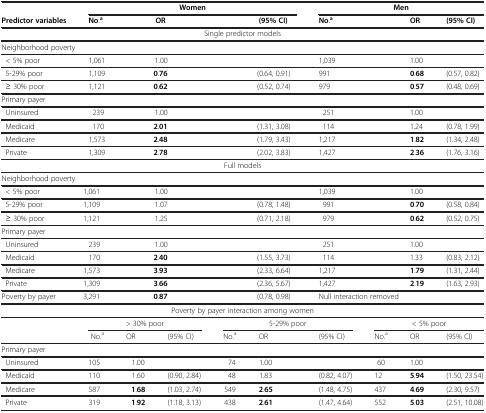
<table><thead><tr><td><b> </b></td><td colspan="5"><b>Women</b></td><td colspan="4"><b>Men</b></td></tr><tr><td><b>Predictor variables</b></td><td colspan="2"><b>No.<sup>a</sup></b></td><td colspan="2"><b>OR</b></td><td><b>(95%CI)</b></td><td colspan="2"><b>No.<sup>a</sup></b></td><td><b>OR</b></td><td><b>(95%CI)</b></td></tr></thead><tbody><tr><td colspan="10">Single predictor models</td></tr><tr><td colspan="10">Neighborhood poverty</td></tr><tr><td> &lt; 5% poor</td><td colspan="2">1,061</td><td colspan="2">1.00</td><td> </td><td colspan="2">1,039</td><td>1.00</td><td> </td></tr><tr><td> 5-29% poor</td><td colspan="2">1,109</td><td colspan="2"><b>0.76</b></td><td>(0.64, 0.91)</td><td colspan="2">991</td><td><b>0</b>.<b>68</b></td><td>(0.57, 0.82)</td></tr><tr><td> ≥ 30% poor</td><td colspan="2">1,121</td><td colspan="2"><b>0.62</b></td><td>(0.52, 0.74)</td><td colspan="2">979</td><td><b>0</b>.<b>57</b></td><td>(0.48, 0.69)</td></tr><tr><td colspan="10">Primary payer</td></tr><tr><td> Uninsured</td><td colspan="2"> 239</td><td colspan="2">1.00</td><td> </td><td colspan="2"> 251</td><td>1.00</td><td> </td></tr><tr><td> Medicaid</td><td colspan="2"> 170</td><td colspan="2"><b>2.01</b></td><td>(1.31, 3.08)</td><td colspan="2"> 114</td><td>1.24</td><td>(0.78, 1.99)</td></tr><tr><td> Medicare</td><td colspan="2">1,573</td><td colspan="2"><b>2.48</b></td><td>(1.79, 3.43)</td><td colspan="2">1,217</td><td><b>1</b>.<b>82</b></td><td>(1.34, 2.48)</td></tr><tr><td> Private</td><td colspan="2">1,309</td><td colspan="2"><b>2.78</b></td><td>(2.02, 3.83)</td><td colspan="2">1,427</td><td><b>2</b>.<b>36</b></td><td>(1.76, 3.16)</td></tr><tr><td colspan="10">Full models</td></tr><tr><td colspan="10">Neighborhood poverty</td></tr><tr><td> &lt; 5% poor</td><td colspan="2">1,061</td><td colspan="2">1.00</td><td> </td><td colspan="2">1,039</td><td>1.00</td><td> </td></tr><tr><td> 5-29% poor</td><td colspan="2">1,109</td><td colspan="2">1.07</td><td>(0.78, 1.48)</td><td colspan="2"> 991</td><td><b>0</b>.<b>70</b></td><td>(0.58, 0.84)</td></tr><tr><td> ≥ 30% poor</td><td colspan="2">1,121</td><td colspan="2">1.25</td><td>(0.71, 2.18)</td><td colspan="2"> 979</td><td><b>0</b>.<b>62</b></td><td>(0.52, 0.75)</td></tr><tr><td colspan="10">Primary payer</td></tr><tr><td> Uninsured</td><td colspan="2">239</td><td colspan="2">1.00</td><td> </td><td colspan="2"> 251</td><td>1.00</td><td> </td></tr><tr><td> Medicaid</td><td colspan="2">170</td><td colspan="2"><b>2</b>.<b>40</b></td><td>(1.55, 3.73)</td><td colspan="2"> 114</td><td>1.33</td><td>(0.83, 2.12)</td></tr><tr><td> Medicare</td><td colspan="2">1,573</td><td colspan="2"><b>3.93</b></td><td>(2.33, 6.64)</td><td colspan="2">1,217</td><td><b>1</b>.<b>79</b></td><td>(1.31, 2.44)</td></tr><tr><td> Private</td><td colspan="2">1,309</td><td colspan="2"><b>3</b>.<b>66</b></td><td>(2.36, 5.67)</td><td colspan="2">1,427</td><td><b>2</b>.<b>19</b></td><td>(1.63, 2.93)</td></tr><tr><td>Poverty by payer</td><td colspan="2">3,291</td><td colspan="2"><b>0</b>.<b>87</b></td><td>(0.78, 0.98)</td><td colspan="4">Null interaction removed</td></tr><tr><td colspan="10">Poverty by payer interaction among women</td></tr><tr><td> </td><td colspan="3">&gt; 30% poor</td><td colspan="3">5-29% poor</td><td colspan="3">&lt; 5% poor</td></tr><tr><td> </td><td>No.<sup>a</sup></td><td>OR</td><td>(95% CI)</td><td>No.<sup>a</sup></td><td>OR</td><td>(95% CI)</td><td>No.<sup>a</sup></td><td>OR</td><td>(95% CI)</td></tr><tr><td colspan="10">Primary payer</td></tr><tr><td> Uninsured</td><td>105</td><td>1.00</td><td> </td><td>74</td><td>1.00</td><td> </td><td>60</td><td>1.00</td><td> </td></tr><tr><td> Medicaid</td><td>110</td><td>1.60</td><td>(0.90, 2.84)</td><td>48</td><td>1.83</td><td>(0.82, 4.07)</td><td>12</td><td><b>5</b>.<b>94</b></td><td>(1.50, 23.54)</td></tr><tr><td> Medicare</td><td>587</td><td><b>1</b>.<b>68</b></td><td>(1.03, 2.74)</td><td>549</td><td><b>2</b>.<b>65</b></td><td>(1.48, 4.75)</td><td>437</td><td><b>4</b>.<b>69</b></td><td>(2.30, 9.57)</td></tr><tr><td> Private</td><td>319</td><td><b>1</b>.<b>92</b></td><td>(1.18, 3.13)</td><td>438</td><td><b>2</b>.<b>61</b></td><td>(1.47, 4.64)</td><td>552</td><td><b>5</b>.<b>03</b></td><td>(2.51, 10.08)</td></tr></tbody></table>